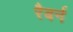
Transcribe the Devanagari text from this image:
रैबर्न